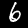
Digit: 6